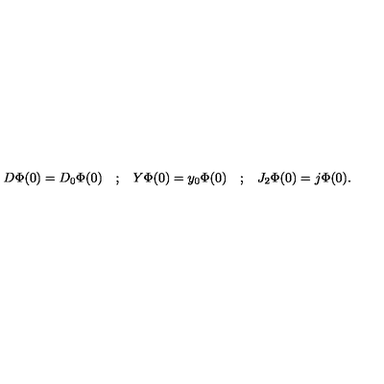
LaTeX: \begin{array} { c c c c c } { D \Phi ( 0 ) = D _ { 0 } \Phi ( 0 ) } & { ; } & { Y \Phi ( 0 ) = y _ { 0 } \Phi ( 0 ) } & { ; } & { J _ { 2 } \Phi ( 0 ) = j \Phi ( 0 ) . } \\ \end{array}